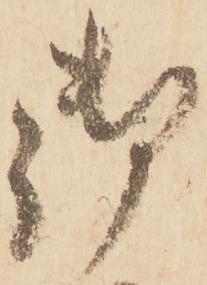
御